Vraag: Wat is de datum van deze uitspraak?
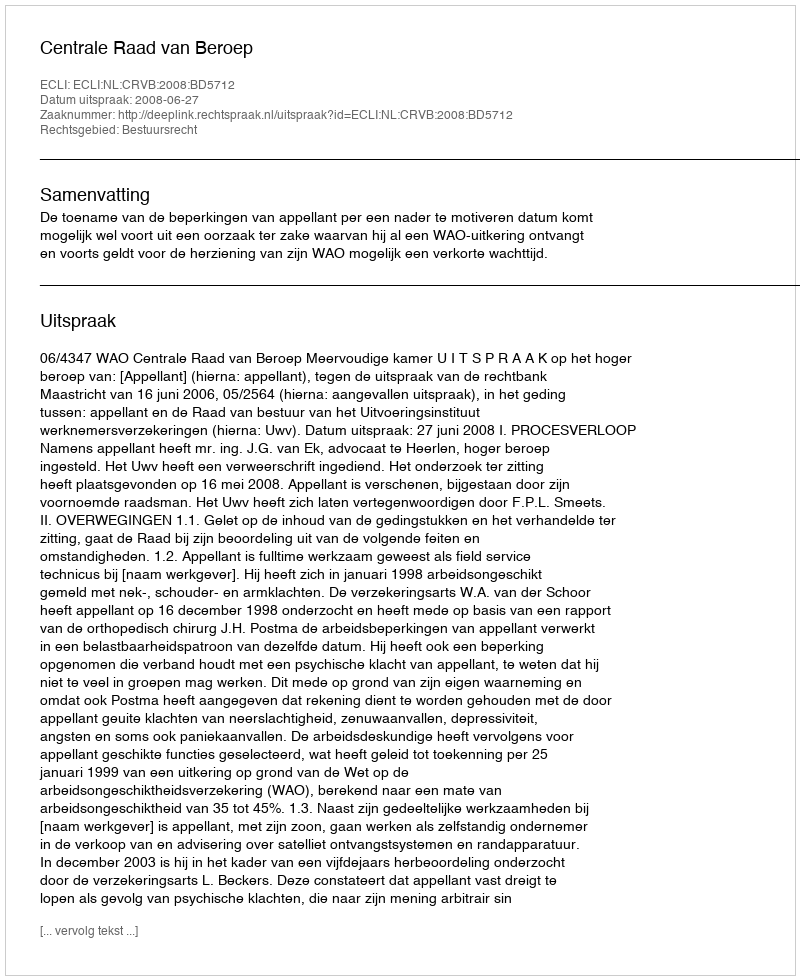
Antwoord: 2008-06-27